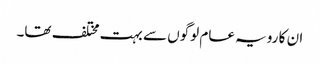
ان کا رویہ عام لوگوں سے بہت مختلف تھا۔